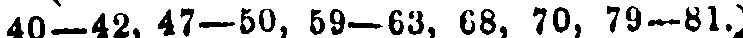
40—42, 47—50, 59—63, 68, 70, 79—81.)